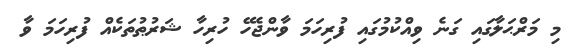
މި މަރްޙަލާގައި ގަނެ ވިއްކުމުގައި ފުރިހަމަ ވާންޖެހޭ ހުރިހާ ޝަރުޠުތަކެއް ފުރިހަމަ ވާ